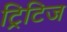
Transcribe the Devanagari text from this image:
ट्रिटिज